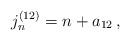
\begin{align*}j_n^{(12)}=n+a_{12}\,, \end{align*}